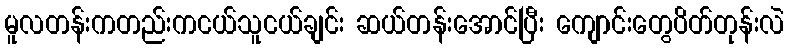
မူလတန်းကတည်းကငယ်သူငယ်ချင်း ဆယ်တန်းအောင်ပြီး ကျောင်းတွေပိတ်တုန်းလဲ